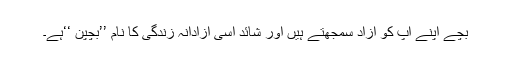
بچے اپنے آپ کو آزاد سمجھتے ہیں اور شائد اسی آزادانہ زندگی کا نام ’’بچپن ‘‘ہے۔